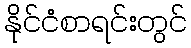
နိုင်ငံစာရင်းတွင်